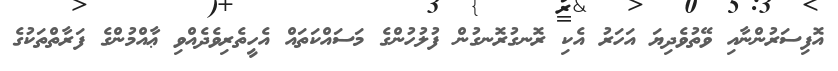
އޮފިސަރުންނާއި ވޭތުވެދިޔަ އަހަރު އެކި ރޮނގުރޮނގުން ފުލުހުންގެ މަސައްކަތައް އެހީތެރިވެދެއްވި ޢާއްމުންގެ ފަރާތްތަކުގެ